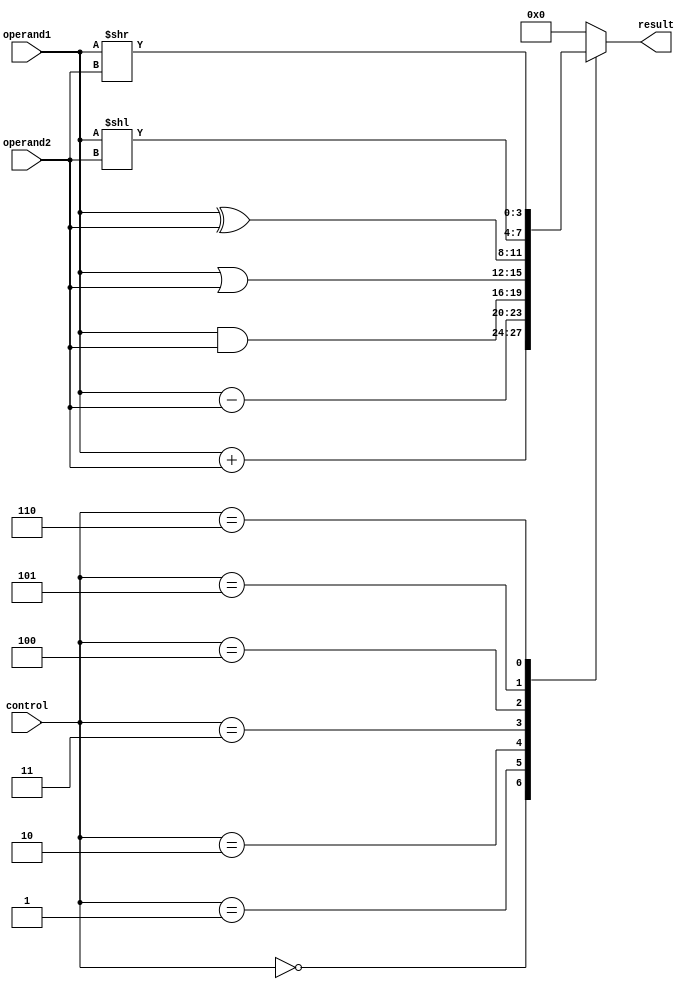
module ALU(
    input wire [3:0] operand1,
    input wire [3:0] operand2,
    input wire [2:0] control,
    output reg [3:0] result
);

always @(*)
begin
    case(control)
        3'b000: result = operand1 + operand2; // Addition
        3'b001: result = operand1 - operand2; // Subtraction
        3'b010: result = operand1 & operand2; // Bitwise AND
        3'b011: result = operand1 | operand2; // Bitwise OR
        3'b100: result = operand1 ^ operand2; // Bitwise XOR
        3'b101: result = operand1 << operand2; // Shift left
        3'b110: result = operand1 >> operand2; // Shift right
        default: result = 4'b0000; // Default value
    endcase
end

endmodule